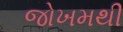
જોખમથી